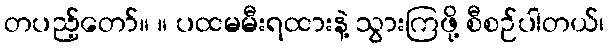
တပည့်တော်။ ။ ပထမမီးရထားနဲ့ သွားကြဖို့ စီစဉ်ပါတယ်၊